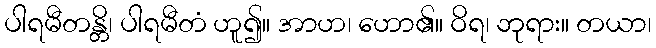
ပါရမီတန္တိ၊ ပါရမီတံ ဟူ၍။ အာဟ၊ ဟော၏။ ဝိရ၊ ဘုရား။ တယာ၊